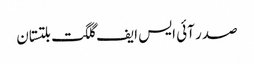
صدر آئی ایس ایف گلگت بلتستان